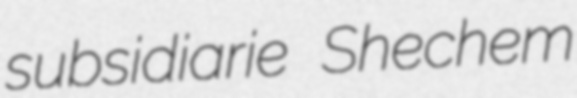
subsidiarie Shechem